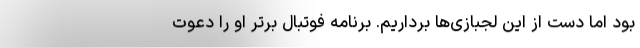
بود اما دست از این لجبازی‌ها برداریم. برنامه فوتبال برتر او را دعوت